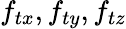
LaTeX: f_{tx},f_{ty},f_{tz}